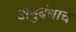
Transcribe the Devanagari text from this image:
अनुबंधाचे